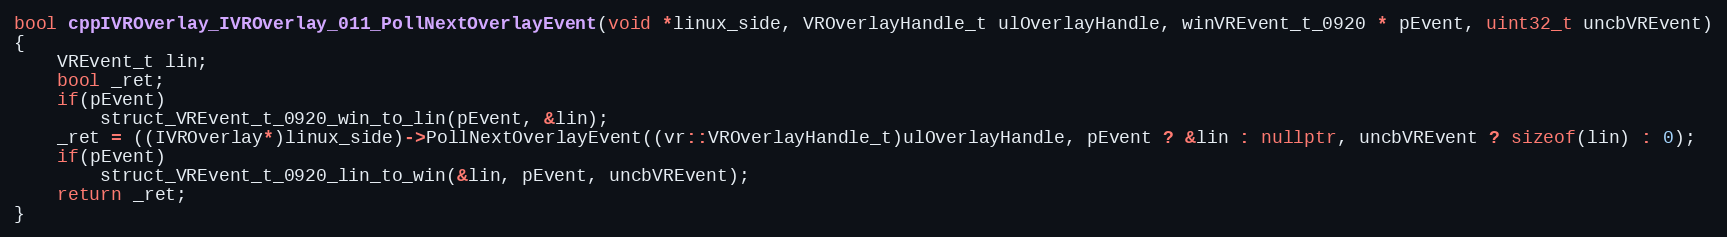
Language: C++
bool cppIVROverlay_IVROverlay_011_PollNextOverlayEvent(void *linux_side, VROverlayHandle_t ulOverlayHandle, winVREvent_t_0920 * pEvent, uint32_t uncbVREvent)
{
    VREvent_t lin;
    bool _ret;
    if(pEvent)
        struct_VREvent_t_0920_win_to_lin(pEvent, &lin);
    _ret = ((IVROverlay*)linux_side)->PollNextOverlayEvent((vr::VROverlayHandle_t)ulOverlayHandle, pEvent ? &lin : nullptr, uncbVREvent ? sizeof(lin) : 0);
    if(pEvent)
        struct_VREvent_t_0920_lin_to_win(&lin, pEvent, uncbVREvent);
    return _ret;
}